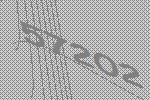
57202